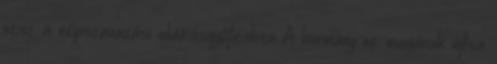
vesz a népszavazási aláírásgyűjtésben A kormány ne magának újítsa